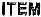
ITEM